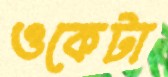
ওকেটা